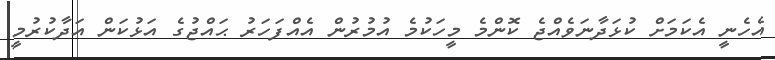
އެހެނީ އެކަމަށް ކުޅަދާނަވެއްޖެ ކޮންމެ މީހަކުމެ އުމުރުން އެއްފަހަރު ޙައްޖުގެ އަޅުކަން އަދާކުރުމީ